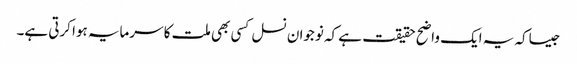
جیساکہ یہ ایک واضح حقیقت ہے کہ نوجوان نسل کسی بھی ملت کا سرمایہ ہوا کرتی ہے۔